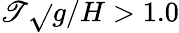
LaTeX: \mathscr{T}\sqrt{}{{g/H}}>1.0